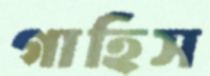
গাহিস